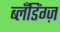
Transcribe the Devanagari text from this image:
ब्लँडिंग्ज़